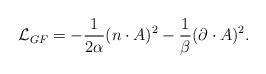
LaTeX: \begin{align*}\mathcal{L}_{GF}=-\frac{1}{2\alpha}(n \cdot A)^2-\frac{1}{\beta}(\partial\cdot A)^2.\end{align*}